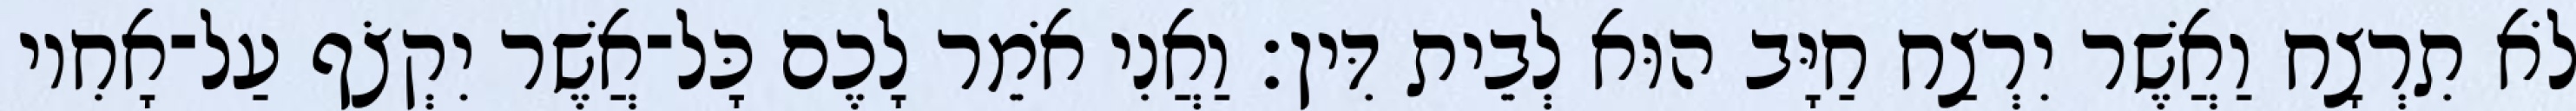
לֹא תִרְצָח וַאֲשֶׁר יִרְצַח חַיָּב הוּא לְבֵית דִּין׃ וַאֲנִי אֹמֵר לָכֶם כָּל־אֲשֶׁר יִקְצֹף עַל־אָחִיו